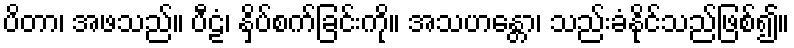
ပိတာ၊ အဖသည်။ ပီဠံ၊ နှိပ်စက်ခြင်းကို။ အသဟန္တော၊ သည်းခံနိုင်သည်ဖြစ်၍။